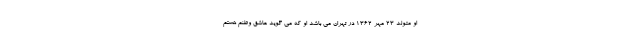
او متولد 23 مهر 1362 در تهران می باشد او که می گوید عاشق وطنم هستم